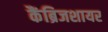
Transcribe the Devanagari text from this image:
कैंब्रिजशायर